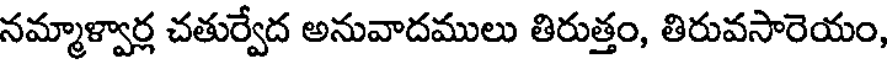
నమ్మాళ్వార్ల చతుర్వేద అనువాదములు తిరుత్తం, తిరువసారెయం,